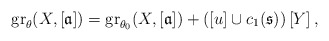
\begin{align*}\operatorname{gr}_{\theta}(X,[\mathfrak{a}]) = \operatorname{gr}_{\theta_0}(X,[\mathfrak{a}]) + \left( [u] \cup c_1 (\mathfrak{s}) \right) \left[Y\right],\end{align*}